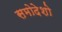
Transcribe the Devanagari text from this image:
समोदेशो